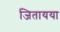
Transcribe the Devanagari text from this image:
जितायया